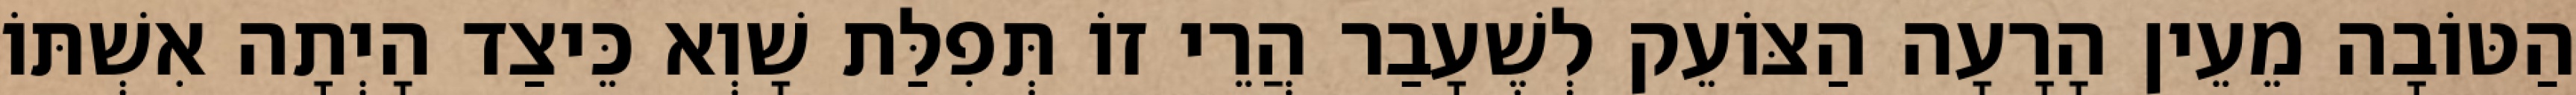
הַטּוֹבָה מֵעֵין הָרָעָה הַצּוֹעֵק לְשֶׁעָבַר הֲרֵי זוֹ תְּפִלַּת שָׁוְא כֵּיצַד הָיְתָה אִשְׁתּוֹ